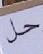
حل